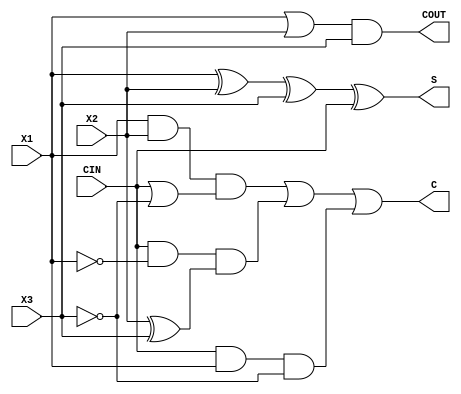
module ADD3_1(X1, X2, X3, CIN, S, C, COUT);
input   X1;
input   X2;
input   X3;
input   CIN;
output  S;
output  C;
output  COUT;
xor g0(S, X1, X2, X3, CIN);
not g1(w9, X3);
or g2(w7, CIN, w9);
and g3(w4, X1, X2, w7);
not g4(w12, X1);
xor g5(w13, X2, X3);
and g6(w10, CIN, w12, w13);
not g7(w19, X3);
and g8(w16, CIN, X1, w19);
or g9(C, w4, w10, w16);
or g10(w20, X1, X2);
and g11(COUT, w20, X3);
endmodule